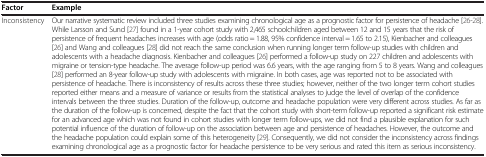
<table><thead><tr><td><b>Factor</b></td><td><b>Example</b></td></tr></thead><tbody><tr><td>Inconsistency</td><td>Our narrative systematic review included three studies examining chronological age as a prognostic factor for persistence of headache [26-28]. While Larsson and Sund [27] found in a 1-year cohort study with 2,465 schoolchildren aged between 12 and 15 years that the risk of persistence of frequent headaches increases with age (odds ratio = 1.88, 95% confidence interval = 1.65 to 2.15), Kienbacher and colleagues [26] and Wang and colleagues [28] did not reach the same conclusion when running longer term follow-up studies with children and adolescents with a headache diagnosis. Kienbacher and colleagues [26] performed a follow-up study on 227 children and adolescents with migraine or tension-type headache. The average follow-up period was 6.6 years, with the age ranging from 5 to 8 years. Wang and colleagues [28] performed an 8-year follow-up study with adolescents with migraine. In both cases, age was reported not to be associated with persistence of headache. There is inconsistency of results across these three studies; however, neither of the two longer term cohort studies reported either means and a measure of variance or results from the statistical analyses to judge the level of overlap of the confidence intervals between the three studies. Duration of the follow-up, outcome and headache population were very different across studies. As far as the duration of the follow-up is concerned, despite the fact that the cohort study with short-term follow-up reported a significant risk estimate for an advanced age which was not found in cohort studies with longer term follow-ups, we did not find a plausible explanation for such potential influence of the duration of follow-up on the association between age and persistence of headaches. However, the outcome and the headache population could explain some of this heterogeneity [29]. Consequently, we did not consider the inconsistency across findings examining chronological age as a prognostic factor for headache persistence to be very serious and rated this item as serious inconsistency.</td></tr></tbody></table>